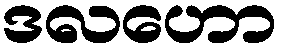
ဒလဟော